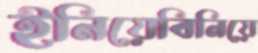
ইনিয়েবিনিয়ে